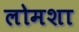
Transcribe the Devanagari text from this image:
लोमशा